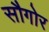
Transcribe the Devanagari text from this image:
सौगोर